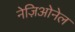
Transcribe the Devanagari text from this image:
नेज़िओनेल